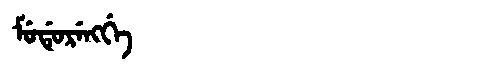
Manchu: ᠮᡠᡩᡠᡵᡝᠩᡤᡝ
Romanization: MUDURENGGE